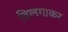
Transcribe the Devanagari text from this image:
विलगाकर